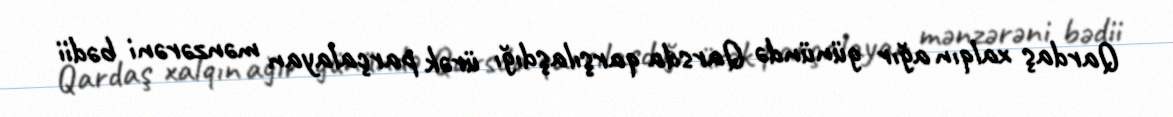
Qardaş xalqın ağır günündə Qarsda qarşılaşdığı ürək parçalayan mənzərəni bədii